DOW-UAP-D48, Department of the Air Force Report, 1996
Agency: Department of War
Incident date: 9/10/96
Page 117
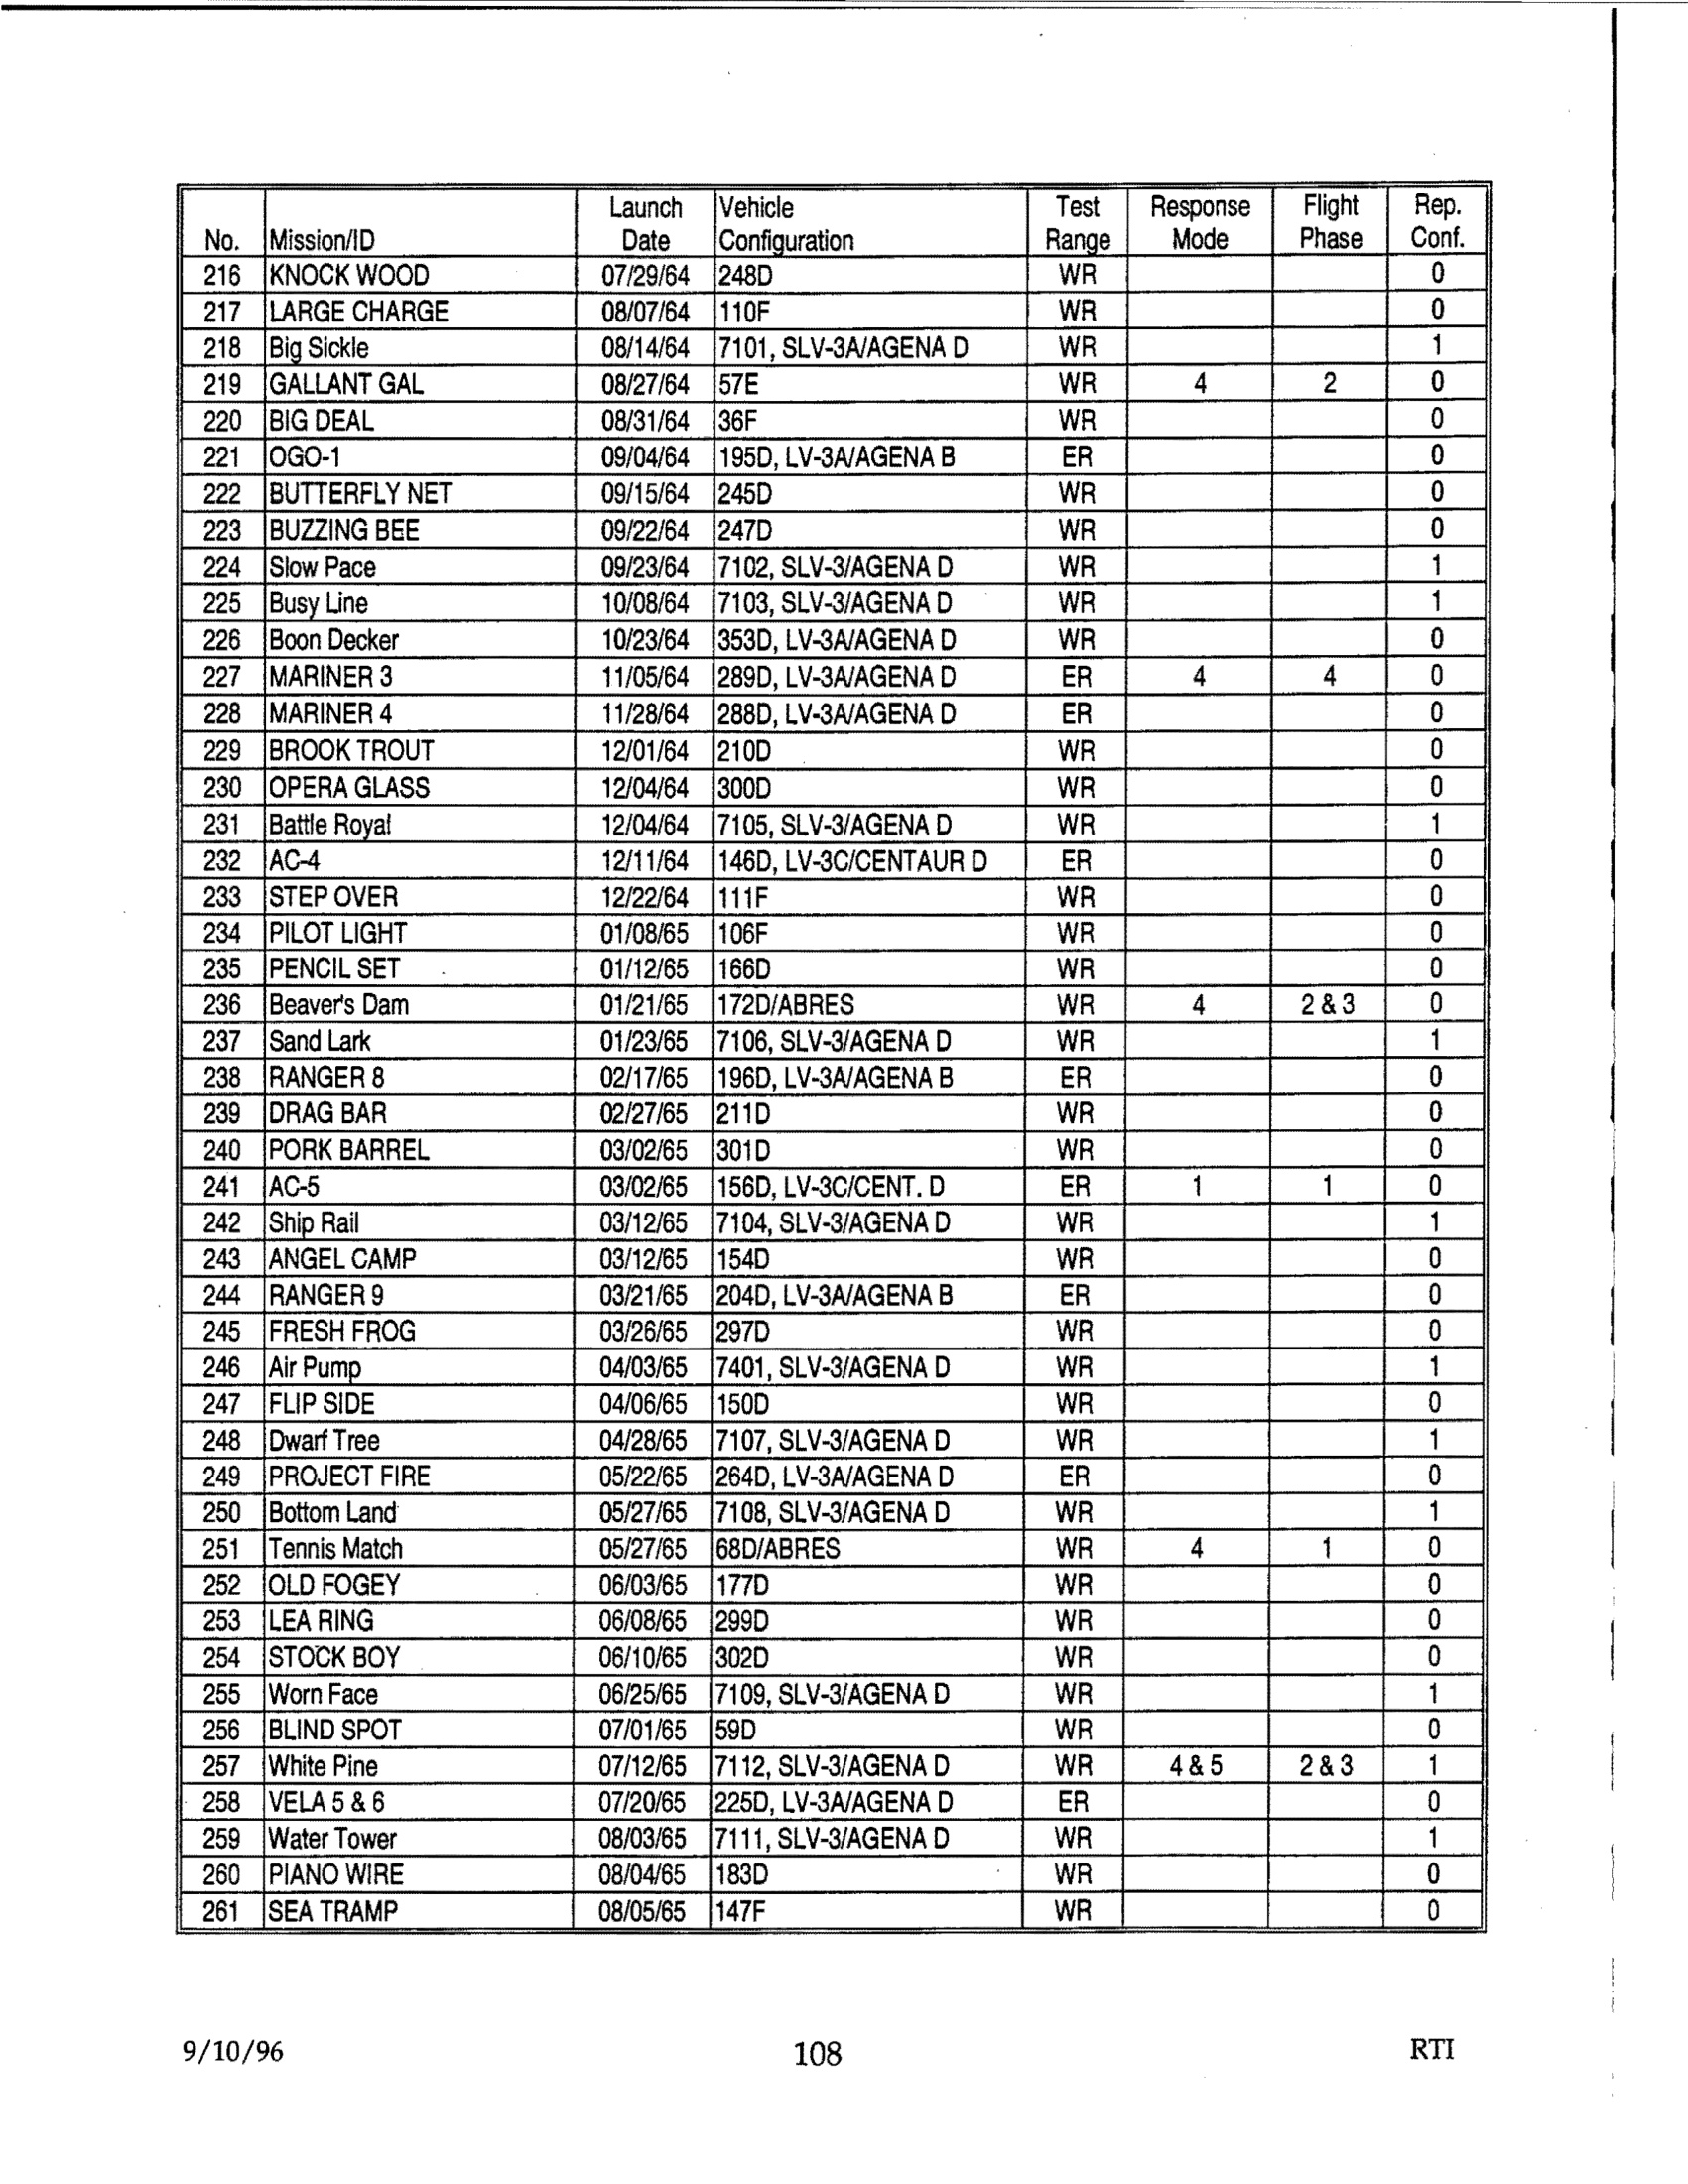